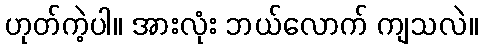
ဟုတ်ကဲ့ပါ။ အားလုံး ဘယ်လောက် ကျသလဲ။